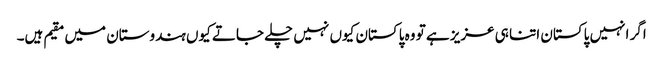
اگر انہیں پاکستان اتنا ہی عزیز ہے تو وہ پاکستان کیوں نہیں چلے جاتے کیوں ہندوستان میں مقیم ہیں۔